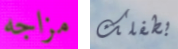
مزاجه بطفلك